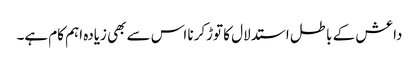
داعش کے باطل استدلال کا توڑکرنا اس سے بھی زیادہ اہم کام ہے۔